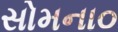
સોમના૦